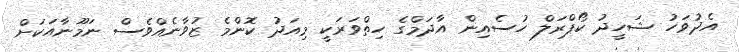
އެދުވަހު ޝަހީދު ކޯޕްރަލް ހުސެއިން އާދަމްގެ ހިތްވަރަކީ މިއަދު ކޮންމެ ޒުވާނެއްވެސް ނަމޫނާއަކަށް